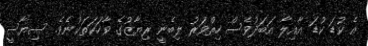
އެ ކުޑަ ކުޑަ އާއިލާ އަބަދުވެސް ހިތްވަރު ލިބެނީ ރިޔާޒުގެ ވާހަކަތަކުނެވެ. ސިޔާސީ